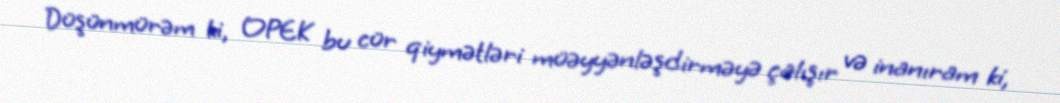
Düşünmürəm ki, OPEK bu cür qiymətləri müəyyənləşdirməyə çalışır və inanıram ki,